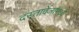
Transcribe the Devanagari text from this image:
दस्तावेजामध्ये